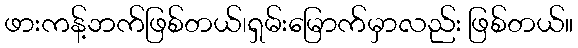
ဖားကန့်ဘက်ဖြစ်တယ်၊ရှမ်းမြောက်မှာလည်း ဖြစ်တယ်။